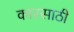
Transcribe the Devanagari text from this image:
कारसाठी